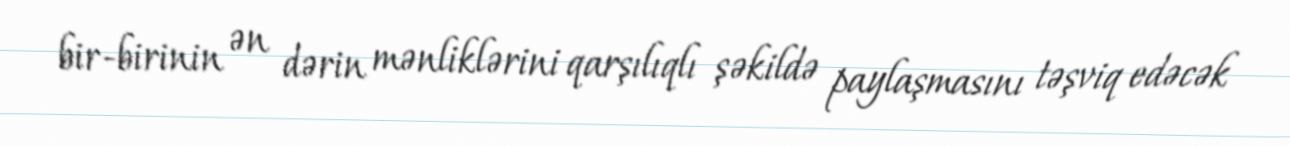
bir-birinin ən dərin mənliklərini qarşılıqlı şəkildə paylaşmasını təşviq edəcək